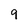
Character: 9